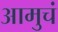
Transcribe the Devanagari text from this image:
आमुचं